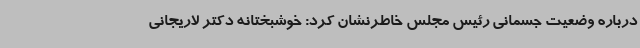
درباره وضعیت جسمانی رئیس مجلس خاطرنشان کرد: خوشبختانه دکتر لاریجانی